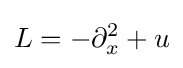
L=-\partial _{x}^{2}+u